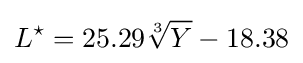
L^{\star }=25.29{\sqrt[{3}]{Y}}-18.38